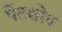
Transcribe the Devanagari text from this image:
पेंटशोप